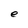
Character: e